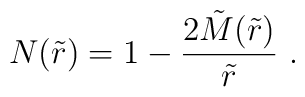
N(\tilde r) = 1 - \frac{2 \tilde M(\tilde r)}{\tilde r}\ .